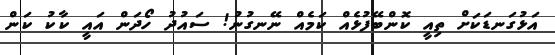
އަޅުގަނޑަކަށް ތިއީ ކޮންބޭފުޅެއް ކަމެއް ނޭނގުނު! ސައުދު ހޯދަން އައީ ކާކު ކަން